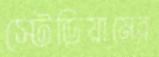
স্টেডিয়ামের